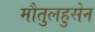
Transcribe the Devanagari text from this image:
मौतुलहुसेन